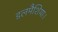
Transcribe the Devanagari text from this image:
डलमैशिया।